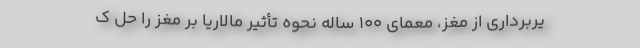
یربرداری از مغز، معمای ۱۰۰ ساله نحوه تأثیر مالاریا بر مغز را حل ک